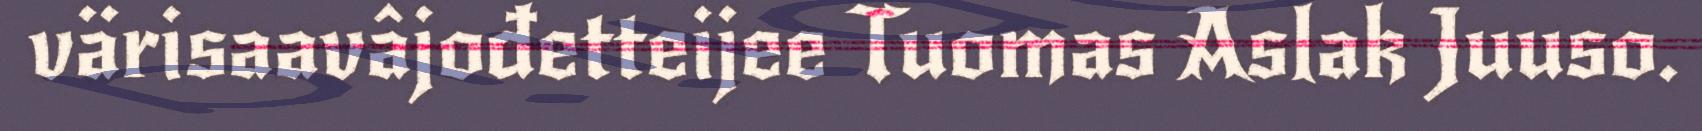
värisaavâjođetteijee Tuomas Aslak Juuso.